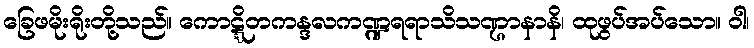
ခြေဖမိုးရိုးတို့သည်။ ကောဋ္ဋိတကန္ဒလကဏ္ဍရရာသိသဏ္ဌာနာနိ၊ ထုဖွပ်အပ်သော။ ဝါ၊